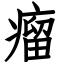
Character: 瘤